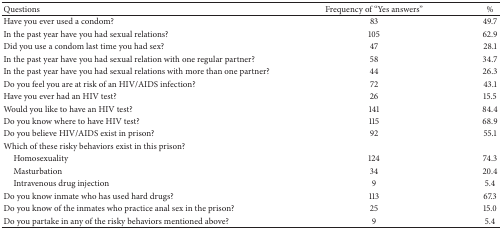
<table><thead><tr><td><b>Questions</b></td><td><b>Frequency of “Yes answers”</b></td><td><b>% </b></td></tr></thead><tbody><tr><td>Have you ever used a condom?</td><td>83</td><td>49.7</td></tr><tr><td>In the past year have you had sexual relations?</td><td>105</td><td>62.9</td></tr><tr><td>Did you use a condom last time you had sex?</td><td>47</td><td>28.1</td></tr><tr><td>In the past year have you had sexual relation with one regular partner?</td><td>58</td><td>34.7</td></tr><tr><td>In the past year have you had sexual relations with more than one partner?</td><td>44</td><td>26.3</td></tr><tr><td>Do you feel you are at risk of an HIV/AIDS infection?</td><td>72</td><td>43.1</td></tr><tr><td>Have you ever had an HIV test?</td><td>26</td><td>15.5</td></tr><tr><td>Would you like to have an HIV test?</td><td>141</td><td>84.4</td></tr><tr><td>Do you know where to have HIV test?</td><td>115</td><td>68.9</td></tr><tr><td>Do you believe HIV/AIDS exist in prison?</td><td>92</td><td>55.1</td></tr><tr><td>Which of these risky behaviors exist in this prison?</td><td> </td><td> </td></tr><tr><td> Homosexuality</td><td>124</td><td>74.3</td></tr><tr><td> Masturbation</td><td>34</td><td>20.4</td></tr><tr><td> Intravenous drug injection</td><td>9</td><td>5.4</td></tr><tr><td>Do you know inmate who has used hard drugs?</td><td>113</td><td>67.3</td></tr><tr><td>Do you know of the inmates who practice anal sex in the prison?</td><td>25</td><td>15.0</td></tr><tr><td>Do you partake in any of the risky behaviors mentioned above?</td><td>9</td><td>5.4</td></tr></tbody></table>